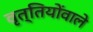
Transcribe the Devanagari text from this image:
वृत्तियोंवाले